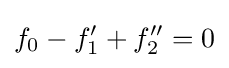
f_{0}-f'_{1}+f''_{2}=0